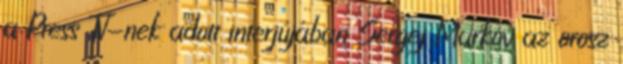
a Press TV-nek adott interjújában Sergej Markov az orosz